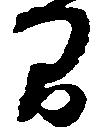
間